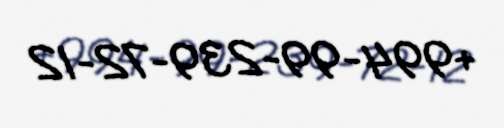
+994-99-239-72-12